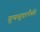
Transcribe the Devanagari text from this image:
गुणसूत्रापैकी